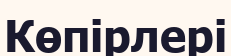
Көпірлері